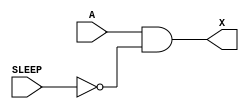
module sky130_fd_sc_lp__inputiso0p (
    X    ,
    A    ,
    SLEEP
);

    // Module ports
    output X    ;
    input  A    ;
    input  SLEEP;

    // Local signals
    wire sleepn;

    //  Name  Output  Other arguments
    not not0 (sleepn, SLEEP          );
    and and0 (X     , A, sleepn      );

endmodule